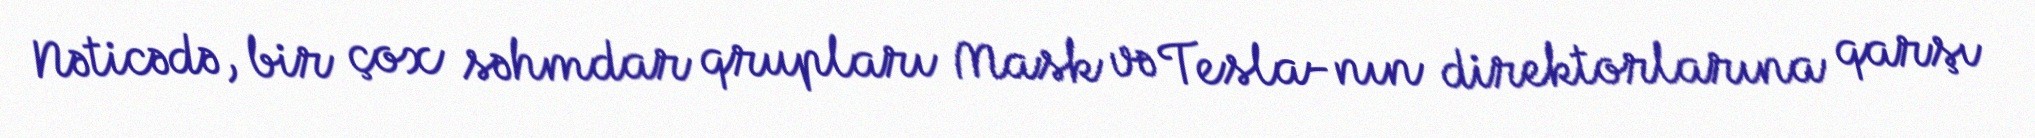
Nəticədə, bir çox səhmdar qrupları Mask və Tesla-nın direktorlarına qarşı